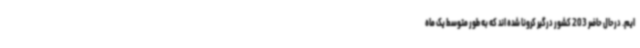
ایم. درحال حاضر 203 کشور درگیر کرونا شده اند که به طور متوسط یک ماه